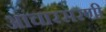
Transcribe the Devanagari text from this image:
आचारसरणी